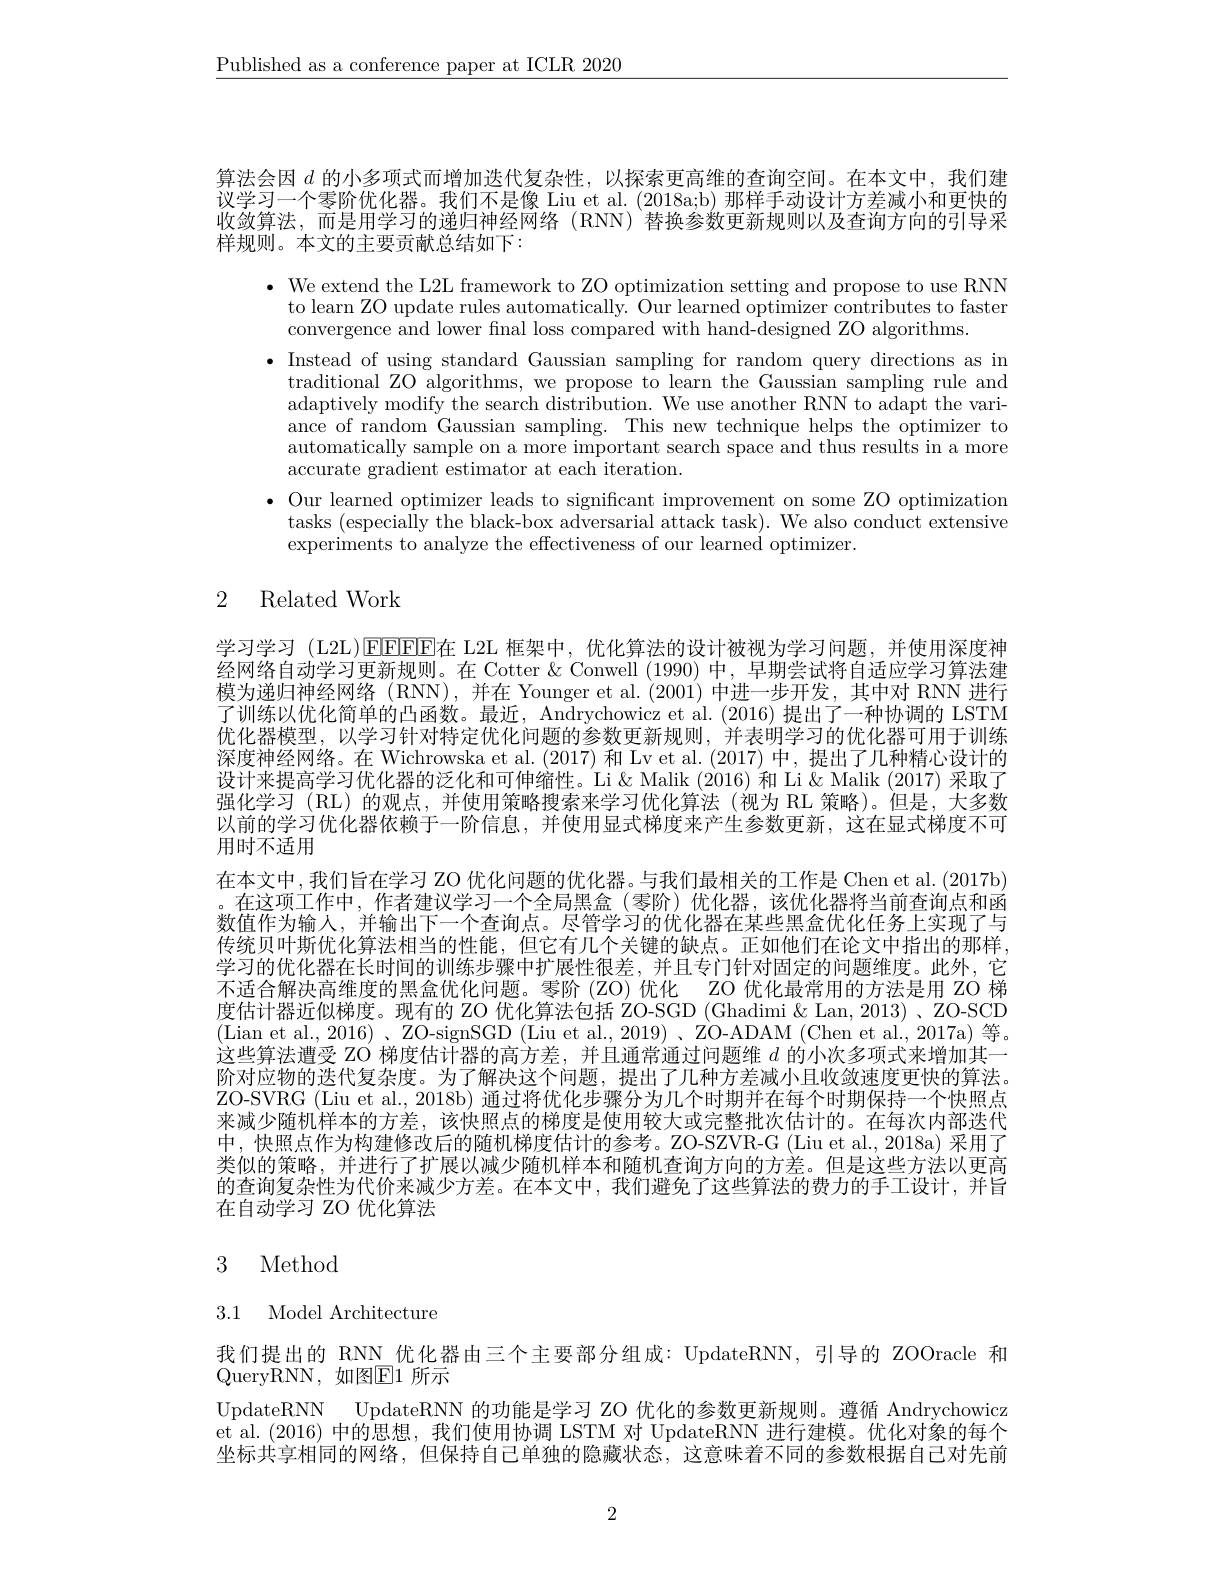
$\underline{\text{Published as a conference paper at ICLR 2020}}$

算法会因$d$的小多项式而增加迭代复杂性，以探索更高维的查询空间。在本文中，我们建议学习一个零阶优化器。我们不是像 Liu et al. (2018a;b) 那样手动设计方差减小和更快的收敛算法，而是用学习的递归神经网络(RNN)替换参数更新规则以及查询方向的引导采样规则。本文的主要贡献总结如下：

$\bullet$ We extend the L2L framework to ZO optimization setting and propose to use RNN
to learn ZO update rules automatically. Our learned optimizer contributes to faster
convergence and lower final loss compared with hand-designed ZO algorithms.
· Instead of using standard Gaussian sampling for random query directions as in
traditional ZO algorithms, we propose to learn the Gaussian sampling rule and adaptively modify the search distribution. We use another RNN to adapt the variance of random Gaussian sampling. This new technique helps the optimizer to automatically sample on a more important search space and thus results in a more accurate gradient estimator at each iteration.
$\bullet$ Our learned optimizer leads to significant improvement on some ZO optimization
tasks (especially the black-box adversarial attack task). We also conduct extensive
experiments to analyze the effectiveness of our learned optimizer.

# 2 Related Work

学习学习 (L2L)EFFFF在 L2L 框架中，优化算法的设计被视为学习问题，并使用深度神经网络自动学习更新规则。在 Cotter & Conwell (1990) 中，早期尝试将自适应学习算法建模为递归神经网络(RNN),并在 Younger et al.(2001)中进一步开发，其中对 RNN 进行了训练以优化简单的凸函数。最近，Andrychowicz et al. (2016) 提出了一种协调的 LSTM 优化器模型，以学习针对特定优化问题的参数更新规则，并表明学习的优化器可用于训练深度神经网络。在 Wichrowska et al. (2017) 和 Lv et al. (2017) 中，提出了几种精心设计的设计来提高学习优化器的泛化和可伸缩性。Li& Malik (2016) 和 Li & Malik (2017) 采取了强化学习(RL)的观点，并使用策略搜索来学习优化算法(视为 RL 策略)。但是，大多数以前的学习优化器依赖于一阶信息，并使用显式梯度来产生参数更新，这在显式梯度不可用时不适用
在本文中，我们旨在学习 ZO 优化问题的优化器。与我们最相关的工作是 Chen et al. (2017b) 。在这项工作中，作者建议学习一个全局黑盒(零阶)优化器，该优化器将当前查询点和函数值作为输人，并输出下一个查询点。尽管学习的优化器在某些黑盒优化任务上实现了与传统贝叶斯优化算法相当的性能，但它有几个关键的缺点。正如他们在论文中指出的那样， 学习的优化器在长时间的训练步骤中扩展性很差，并且专门针对固定的问题维度。此外，它不适合解决高维度的黑盒优化问题。零阶 (ZO) 优化 ZO 优化最常用的方法是用 ZO 梯度估计器近似梯度。现有的 ZO 优化算法包括 ZO-SGD (Ghadimi & Lan, 2013) 、ZO-SCD (Lian et al., 2016) 、ZO-signSGD (Liu et al., 2019) 、ZO-ADAM (Chen et al., 2017a) 等。这些算法遭受 ZO 梯度估计器的高方差，并且通常通过问题维$d$的小次多项式来增加其一阶对应物的迭代复杂度。为了解决这个问题，提出了几种方差减小且收敛速度更快的算法。ZO-SVRG (Liu et al., 2018b) 通过将优化步骤分为几个时期并在每个时期保持一个快照点来减少随机样本的方差，该快照点的梯度是使用较大或完整批次估计的。在每次内部迭代中，快照点作为构建修改后的随机梯度估计的参考。ZO-SZVR-G (Liu et al., 2018a) 采用了类似的策略，并进行了扩展以减少随机样本和随机查询方向的方差。但是这些方法以更高的查询复杂性为代价来减少方差。在本文中，我们避免了这些算法的费力的手工设计，并旨在自动学习 ZO 优化算法

## 3 Method

# 3.1 Model Architecture

我们提出的 RNN 优化器由三个主要部分组成：UpdateRNN, 引导的 ZOOracle 和
QueryRNN,如图$\mathbb{E}$1 所示
UpdateRNN UpdateRNN 的功能是学习 ZO 优化的参数更新规则。遵循 Andrychowicz et al.(2016)中的思想，我们使用协调 LSTM 对 UpdateRNN 进行建模。优化对象的每个坐标共享相同的网络，但保持自己单独的隐藏状态，这意味着不同的参数根据自己对先前

2